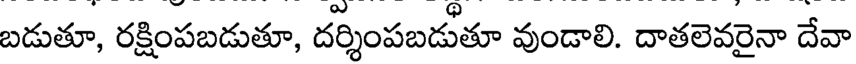
బడుతూ, రక్షింపబడుతూ, దర్శింపబడుతూ వుండాలి. దాతలెవరైనా దేవా